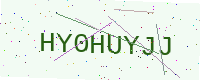
Text: HY0HUYJJ